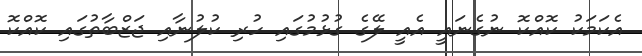
އެކަމަކު ކޮއްކޮ ނުގެނައީ އެއީ ލޭގެ ގުޅުމުގައި ހުރި ކުލުނާއި ޖަޒްބާތުގައި ކޮއްކޮ